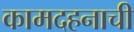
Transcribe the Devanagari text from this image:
कामदहनाची